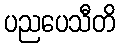
ပညပေသီတိ